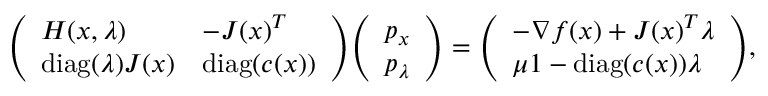
{ \left( \begin{array} { l l } { H ( x , \lambda ) } & { - J ( x ) ^ { T } } \\ { \operatorname { d i a g } ( \lambda ) J ( x ) } & { \operatorname { d i a g } ( c ( x ) ) } \end{array} \right) } { \left( \begin{array} { l } { p _ { x } } \\ { p _ { \lambda } } \end{array} \right) } = { \left( \begin{array} { l } { - \nabla f ( x ) + J ( x ) ^ { T } \lambda } \\ { \mu 1 - \operatorname { d i a g } ( c ( x ) ) \lambda } \end{array} \right) } ,